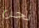
نحن